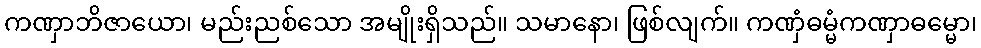
ကဏှာဘိဇာယော၊ မည်းညစ်သော အမျိုးရှိသည်။ သမာနော၊ ဖြစ်လျက်။ ကဏှံဓမ္မံကဏှာဓမ္မော၊